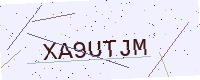
Text: XA9UTJM